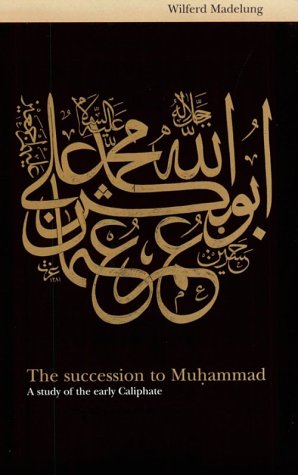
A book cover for The Succession to Muhammad: A Study of the Early Caliphate; Wilferd Madelung; Religion & Spirituality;